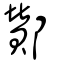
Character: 酇